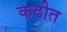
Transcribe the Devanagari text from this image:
कढीत